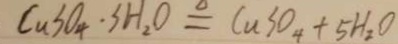
C u S O _ { 4 } \cdot 3 H _ { 2 } O \xlongequal { \Delta } C u S O _ { 4 } + 5 H _ { 2 } O